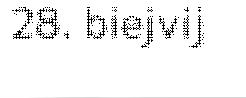
28. biejvij